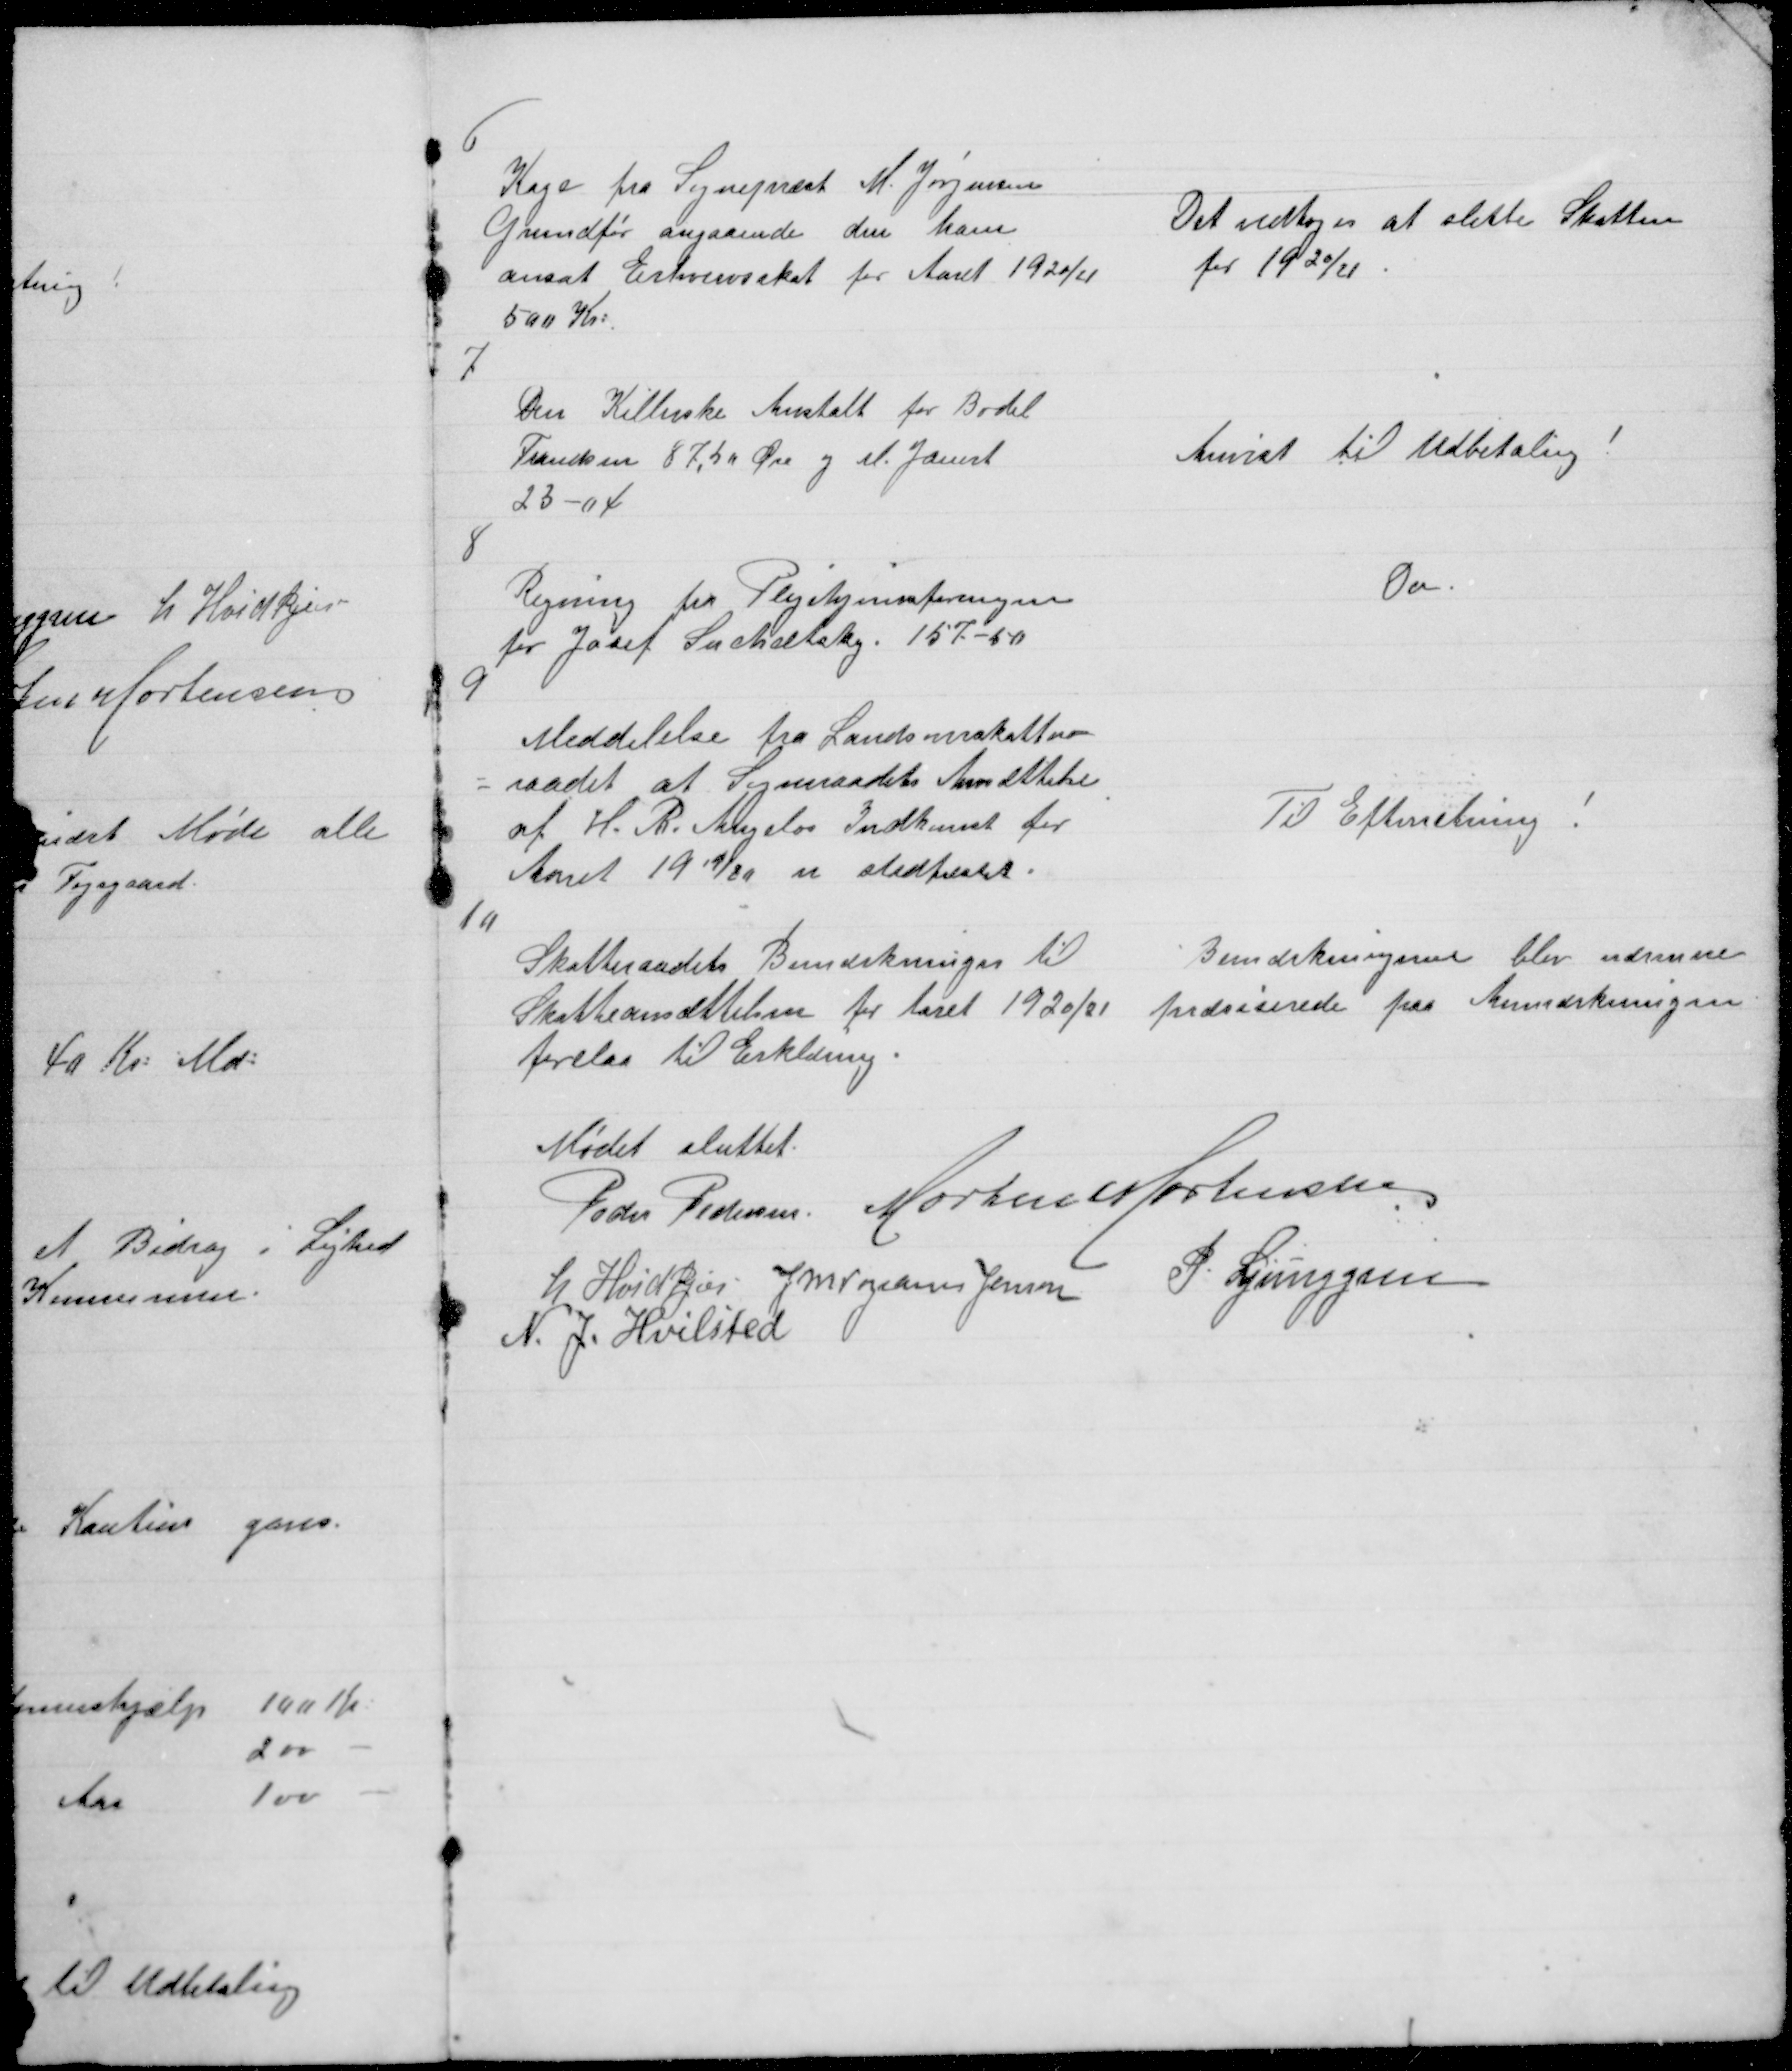
Transskription:
6

Kage fra Sognepræst M. Jørgensen
Grundfør angaaende den ham
ansat Erhvervsskat for Aaret 1920/21
500 Kr:

Det vedtoges at slette Skatten
for 1920/21.

7

Den Kellerske Anstalt for Bodil
Frandsen 87,50 Øre og H. Jaurt
23 - 04

Anvist til Udbetaling !

8

Regning fra Plejehjemsforeningen
for Josef Suchsetsky 157 - 50

Do.

9

Meddelelse fra Landsoverskatte=
= raadet at Sogneraadets Ansættelse
af H. R. Angelos Indkomst for
Aaaret 1919/20 er stadfæstet.

Til Efterretning !

10

Skatteraadets Bemærkninger til
Skatteansættelses for Aaret 1920/21
forelaa til Erklæring.

Bemærkningerne blev nærmere
præsiserede paa Anmærkningen

Mødet sluttet
Peder Pedersen. Morten Mortensen
L. Hvidkjær J M Vogelius Jensen
P. Ljunggren
N. J. Hvilsted